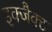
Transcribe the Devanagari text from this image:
इक्जैक्ट